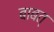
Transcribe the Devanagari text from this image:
बाबत्